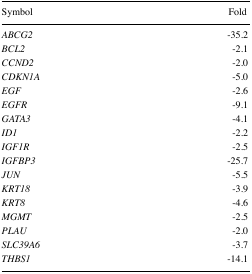
| Symbol | Fold |
 | --- | --- |
 | ABCG2 | −35.2 |
 | BCL2 | −2.1 |
 | CCND2 | −2.0 |
 | CDKN1A | −5.0 |
 | EGF | −2.6 |
 | EGFR | −9.1 |
 | GATA3 | −4.1 |
 | ID1 | −2.2 |
 | IGF1R | −2.5 |
 | IGFBP3 | −25.7 |
 | JUN | −5.5 |
 | KRT18 | −3.9 |
 | KRT8 | −4.6 |
 | MGMT | −2.5 |
 | PLAU | −2.0 |
 | SLC39A6 | −3.7 |
 | THBS1 | −14.1 |